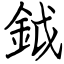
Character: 鉞